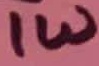
Text: 1W